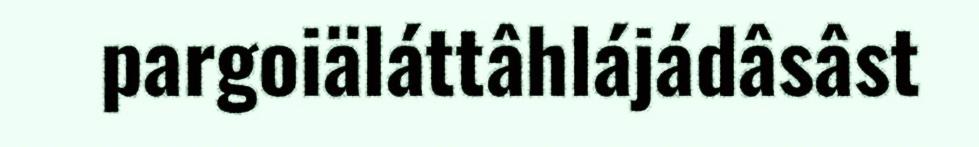
pargoiäláttâhlájádâsâst